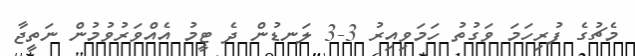
މެޗުގެ ފުރިހަމަ ވަގުތު ހަމަވިއިރު 3-3 ލަނޑުން ދެ ޓީމު އެއްވަރުވުމުން ނަތީޖާ